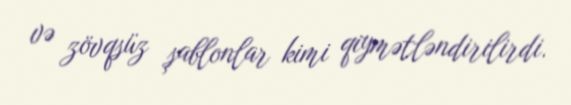
və zövqsüz şablonlar kimi qiymətləndirilirdi.